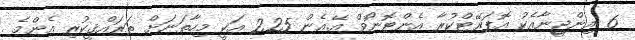
6 އިންޖީނާއެކު އޮޕަރޭޓްކުރާ އެންޓޮނޯވް އޭ.އެން 225 އަކީ މިހާތަނަށް ތަރައްޤީކުރި އެންމެ